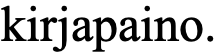
kirjapaino.